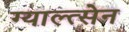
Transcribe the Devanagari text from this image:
ग्याल्त्सेन